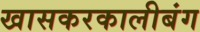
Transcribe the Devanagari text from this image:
खासकरकालीबंग